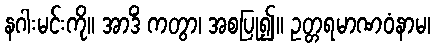
နဂါးမင်းကို။ အာဒိံ ကတွာ၊ အစပြု၍။ ဥတ္တရမာဏဝံနာမ၊